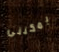
يمكننى